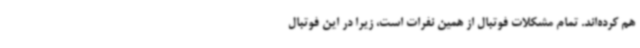
هم کرده‌اند. تمام مشکلات فوتبال از همین نفرات است، زیرا در این فوتبال